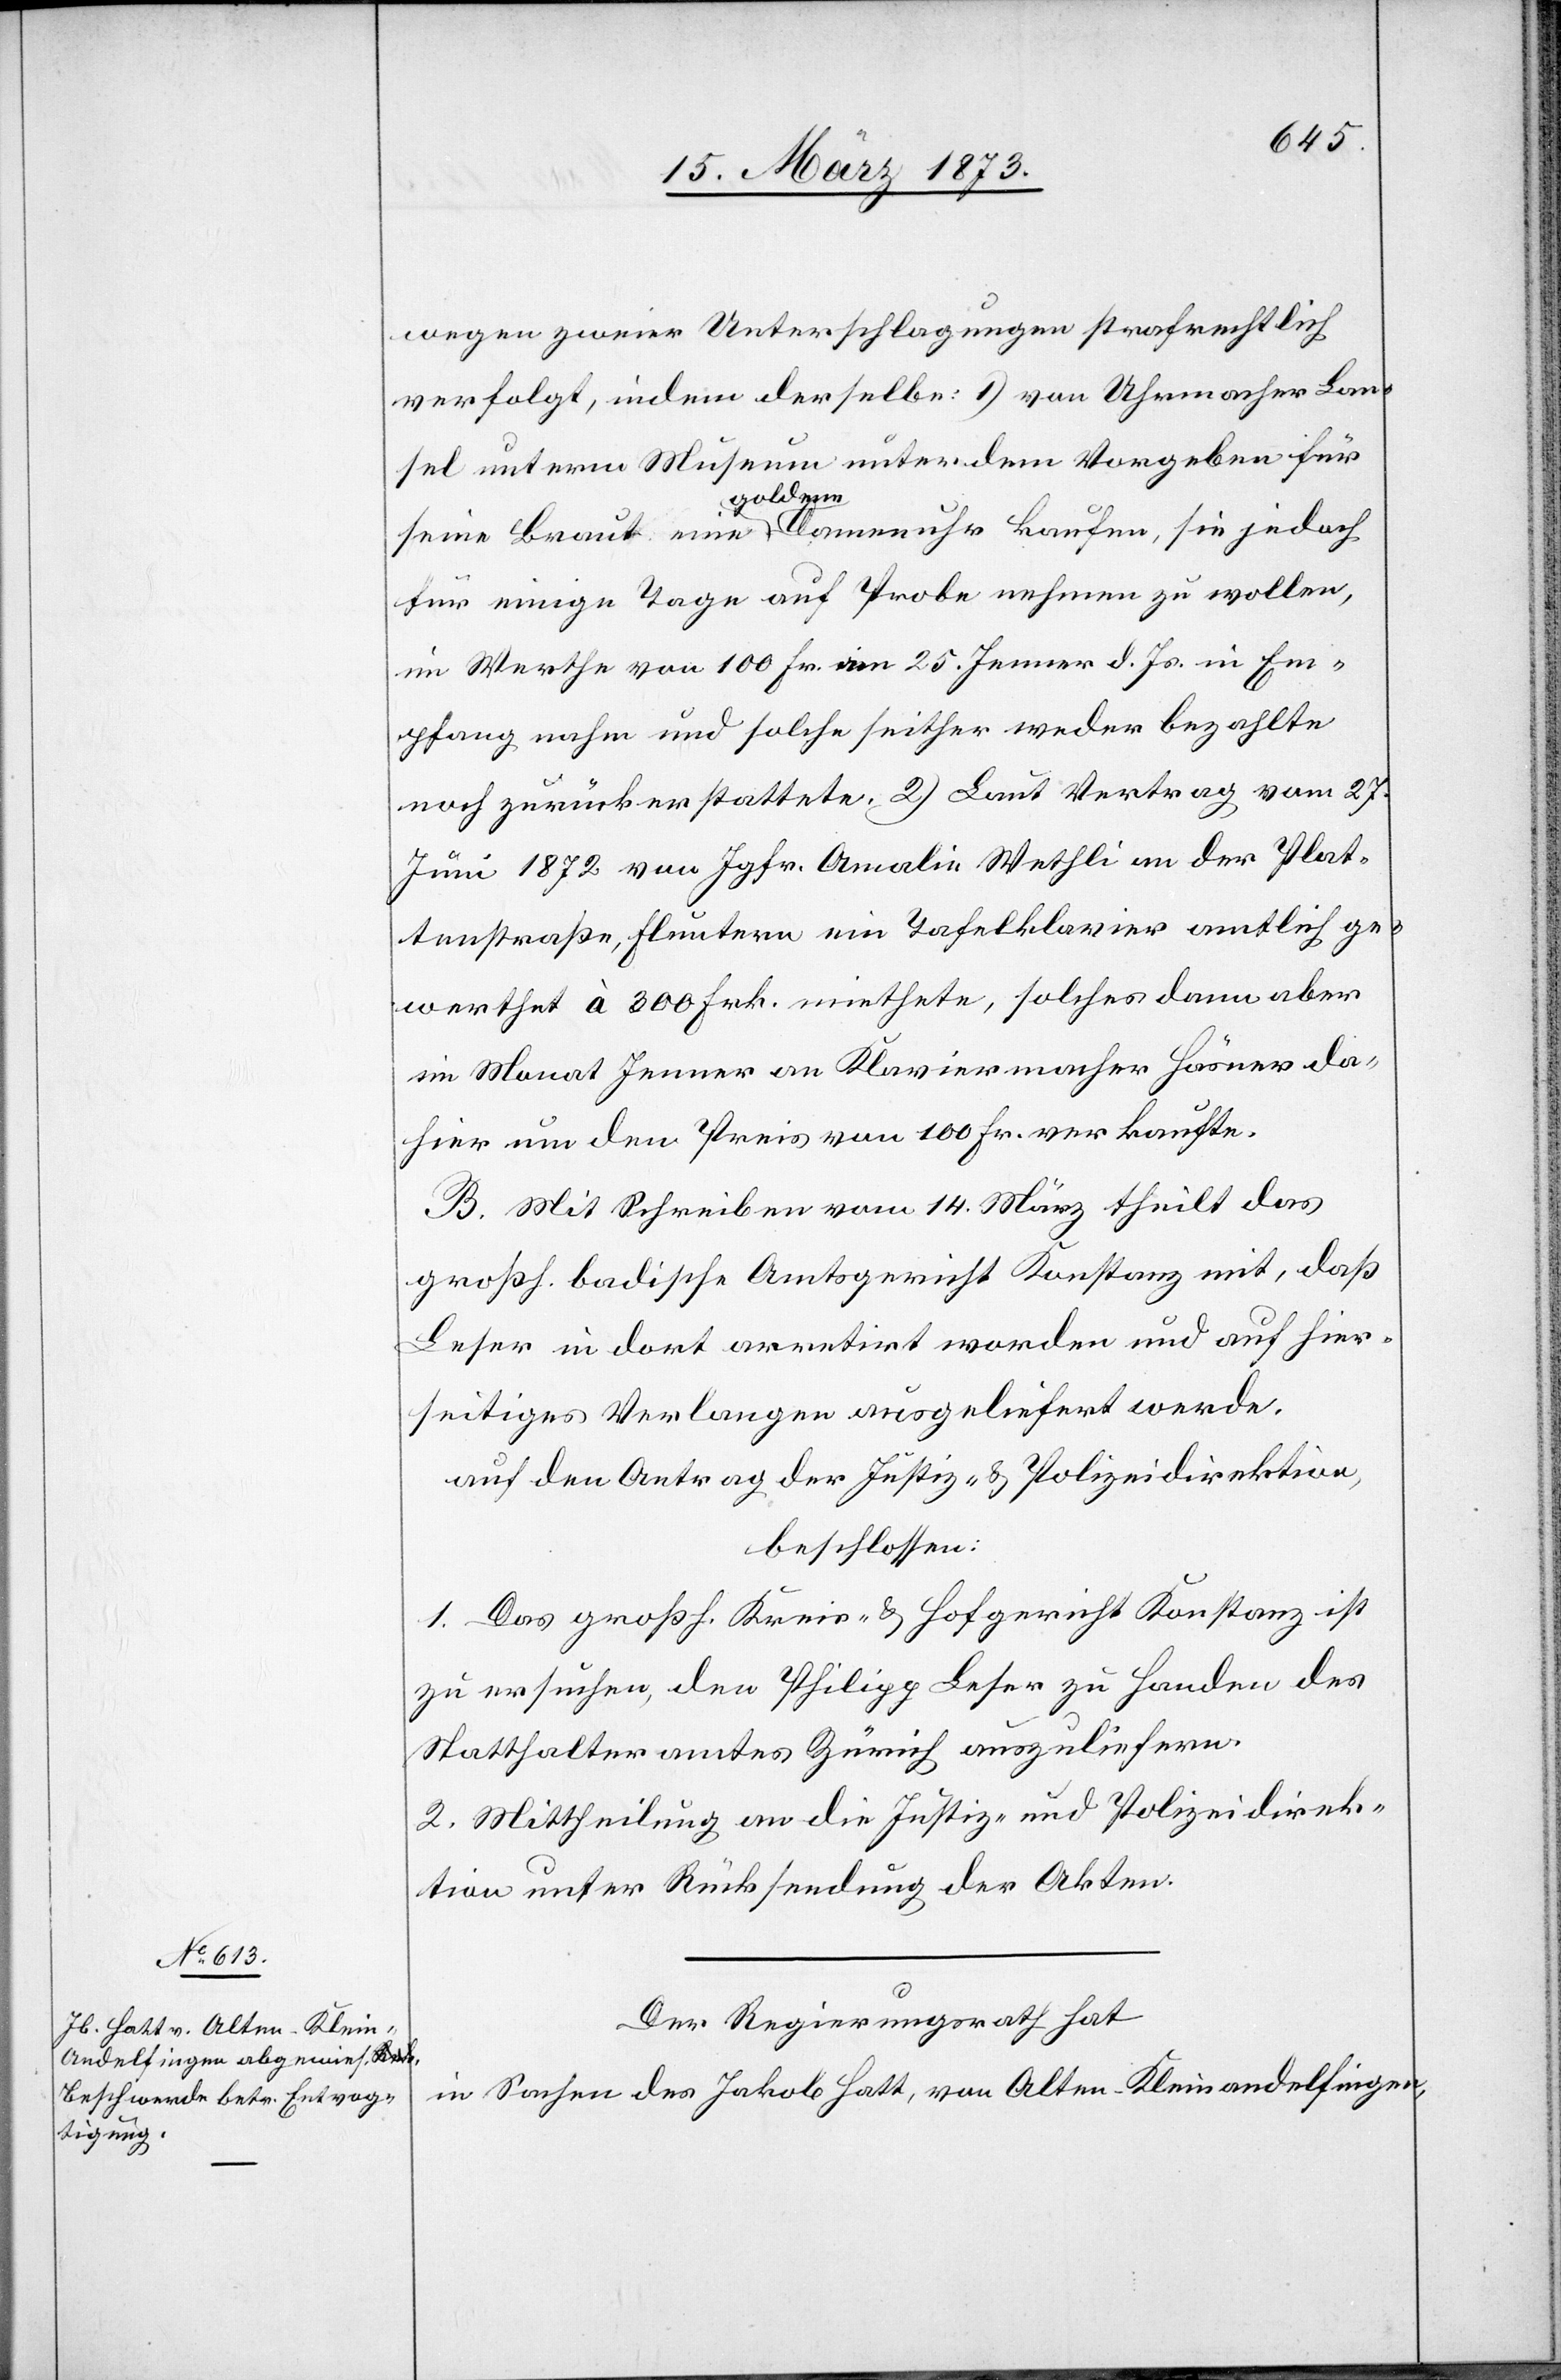
wegen zweier Unterschlagungen strafrechtlich
verfolgt, indem derselbe: 1) von Uhrmacher Lan¬
sel unterm Museum unter dem Vorgeben für
seine Braut eine goldene Damenuhr kaufen, sie jedoch
für einige Tage auf Probe nehmen zu wollen,
im Werthe von 100 Fr. am 25. Jenner d. Js. in Em¬
pfang nahm und solche seither weder bezahlte
noch zurückerstattete. 2) Laut Vertrag vom 27.
Juni 1872 von Jgfr. Amalie Wethli an der Plat¬
tenstraße, Fluntern ein Tafelklavier amtlich ge¬
werthet à 300 Frk. miethete, solches dann aber
im Monat Jenner an Klaviermacher Häsner da¬
hier um den Preis von 100 Fr. verkaufte.
B. Mit Schreiben vom 14. März theilt das
großh. badische Amtsgericht Konstanz mit, daß
Leser in dort arretirt worden und auf hier¬
seitiges Verlangen ausgeliefert werde.
auf den Antrag der Justiz- u. Polizeidirektion,
beschlossen:
1. Das großh. Kreis- u. Hofgericht Konstanz ist
zu ersuchen, den Philipp Leser zu Handen des
Statthalteramtes Zürich auszuliefern.
2. Mittheilung an die Justiz- und Polizeidirek¬
tion unter Rücksendung der Akten.
Der Regierungsrath hat
in Sachen des Jakob Hatt, von Alten-Kleinandelfingen,